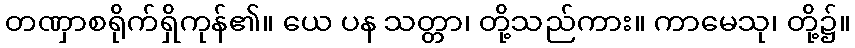
တဏှာစရိုက်ရှိကုန်၏။ ယေ ပန သတ္တာ၊ တို့သည်ကား။ ကာမေသု၊ တို့၌။